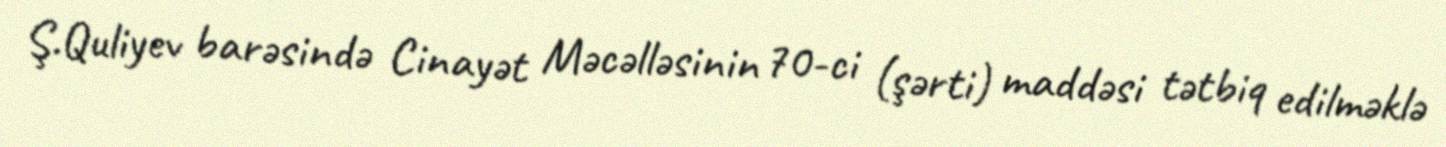
Ş.Quliyev barəsində Cinayət Məcəlləsinin 70-ci (şərti) maddəsi tətbiq edilməklə